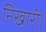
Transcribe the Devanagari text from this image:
निखारी।